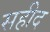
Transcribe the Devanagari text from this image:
सहीद